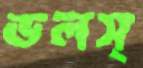
ডলস্